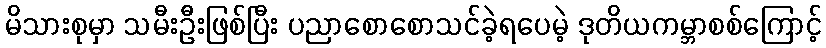
မိသားစုမှာ သမီးဦးဖြစ်ပြီး ပညာစောစောသင်ခဲ့ရပေမဲ့ ဒုတိယကမ္ဘာစစ်ကြောင့်